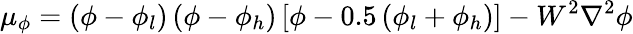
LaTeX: {\mu_{\phi}}=\left({\phi-{\phi_{l}}}\right)\left({\phi-{\phi_{h}}}\right)\left[{\phi-0.5\left({{\phi_{l}}+{\phi_{h}}}\right)}\right]-{W^{2}}{\nabla^{2}}\phi